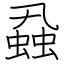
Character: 蝨